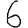
Digit: 6